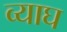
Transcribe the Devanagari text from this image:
व्याघ